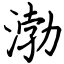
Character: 渤